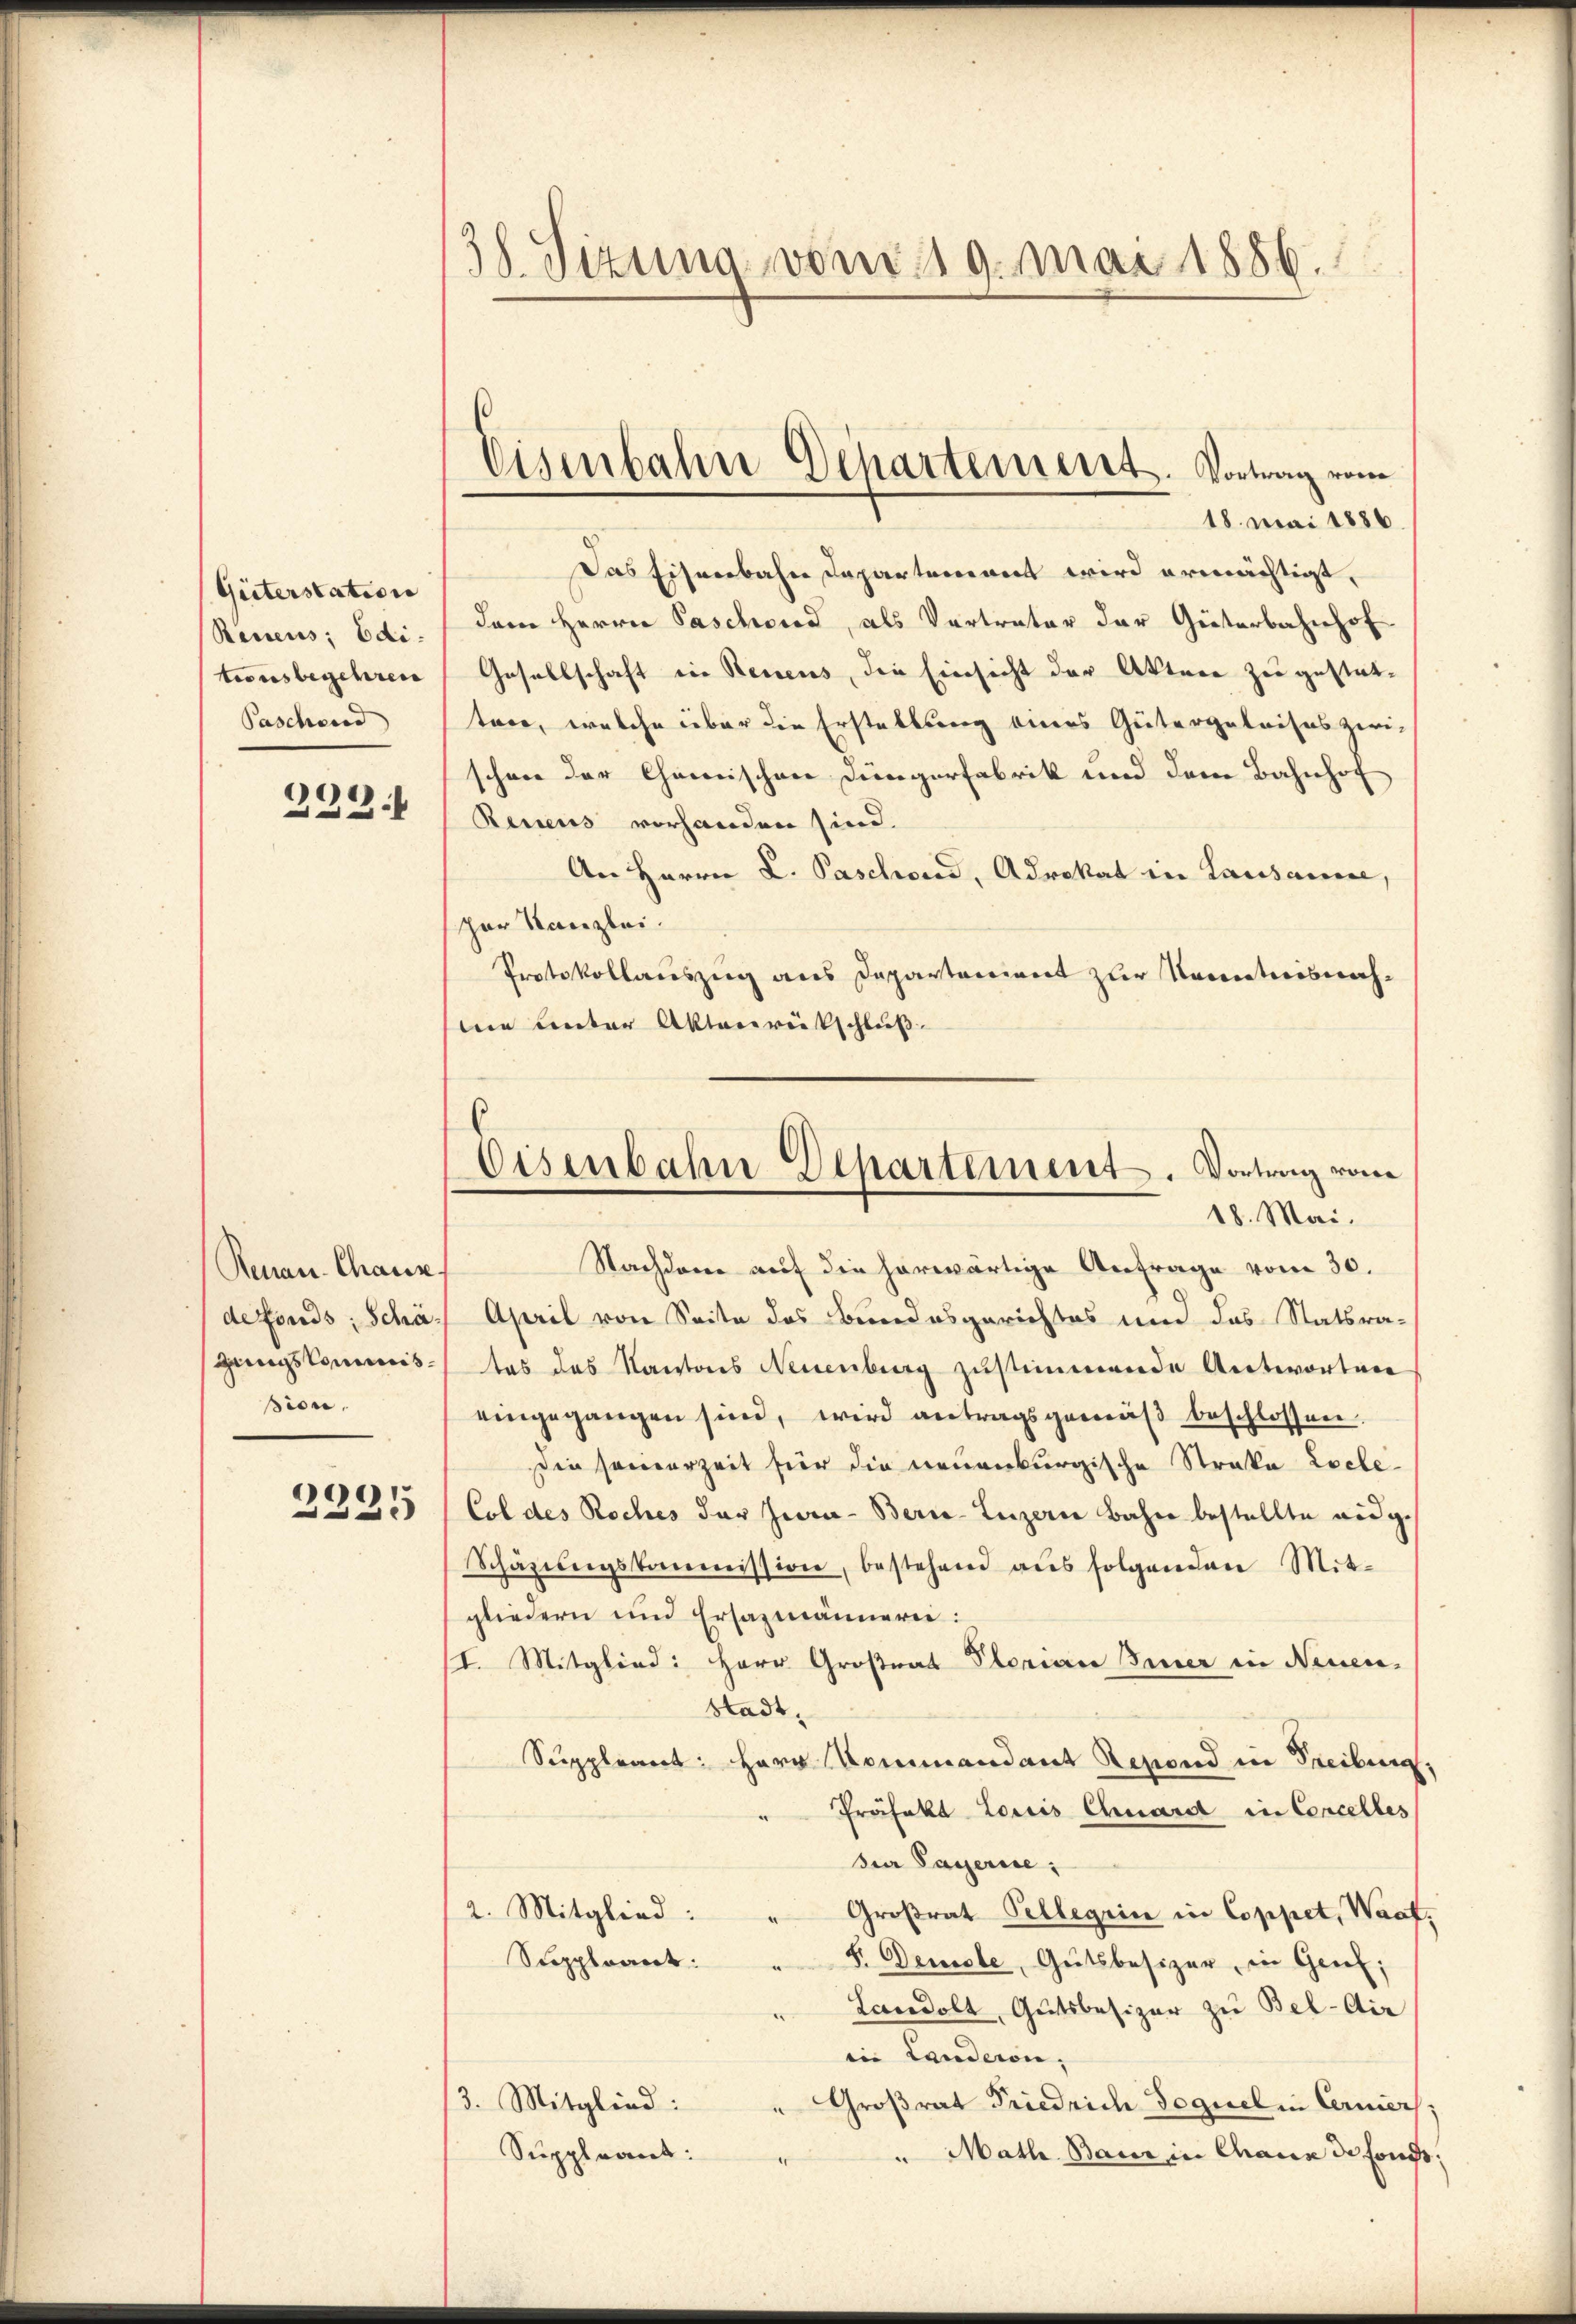
Giiterstation
Recens; Edi-
tionsbegehren
Paschend

232.

Renau-Chause.
defonds; Schägungskommission.

2225

38. Sizung vom 19. Mai 1886.

18. Mai 1886
Das Eisenbahn Departement wird ermächtigt,
dem Herrn Paschwird, als Vertrater der Güterbahnhof
Gesellschaft in Benens, die Einsicht der Akten zu gestatten, welche über die Erstellung eines Gütergeleises zwi-
schon der Chemischen Dingerfabrik und dem Bahnhof
Renens vorhanden sind.
An Herrn L. Paschied, Advokat die Lausauce,
zer Kanzlei.
Protokollauszug aus Departonient zur Kenntnisnahme unter Aktenrütschluß
Nachdem auf die herwärtige Anfrage vom 30.
April von Seite des Bundesgerichtes und das Statsratas das Kantons Neuenburg zustimmende Antworten
eingegangen sind, wird antragsgemäβ beschlossen.
Die samerzeit für die neuenburgische Straka Loele-
Col des Roches der Jura - Berne-Luzern Bahn bestellte eidg.
Schazungskommission, bestehend aus folgenden Mitgliedern und Ersazmännerei:
I. Mitglied: Herr Großrat Plorian Benner in Neuen,
Stadt,
Suppleant: Herr Kommandant Regend in Freibung,
" Präseka Louis Chuard in Concelles
dea Payerise,
2. Mitglied:
Großrat Pellegiin in Coppet, Waaf,
Stoppleant
" F. Demsle, Gutsbesizer, in Genf;
Landolt, Gutsbesizer zu Bel-Dir
in Landeren,
3. Mitglied:
" Großrat Friedrich Soguel in Cerniers;
Suppleant:
" Math. Baur in Chaux de fonds;

Eisenbahne Departement. Vortrag vom

.
Eisenbahn Departement. Vortrag vom
18. Mai.